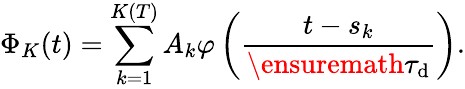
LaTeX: \Phi_{K}(t)=\sum_{k=1}^{K(T)}A_{k}\varphi\left(\frac{t-s_{k}}{\ensuremath{\tau_{\mathrm{d}}}}\right).